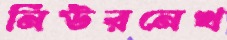
নিউরনেখ